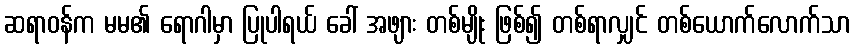
ဆရာဝန်က မမ၏ ရောဂါမှာ ပြုပါရယ် ခေါ် အဖျား တစ်မျိုး ဖြစ်၍ တစ်ရာလျှင် တစ်ယောက်လောက်သာ